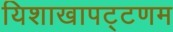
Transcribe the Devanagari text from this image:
यिशाखापट्टणम